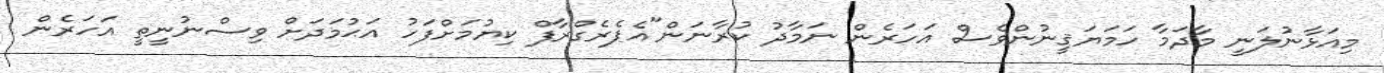
މިއަޅާނުލަނީ މާދަމާ ހަމަޔަޤީނުންވެސް އަހަރެން ނަމާދު ކުރާނަން"އެޕެރެގްރާފް ކިޔުމަށްފަހު އަޙުމަދަށް ވިސްނުނީތީ އަހަރެން